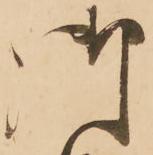
御